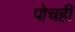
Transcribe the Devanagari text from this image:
पोचही